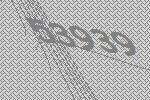
53939